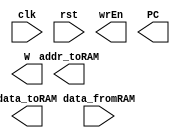
module projectCPU2022(
  clk,
  rst,
  wrEn,
  data_fromRAM,
  addr_toRAM,
  data_toRAM,
  PC,
  W
);

input clk, rst;

input [15:0] data_fromRAM;
output [15:0] data_toRAM;
output wrEn;

// 12 can be made smaller so that it fits in the FPGA
output [12:0] addr_toRAM;
output [12:0] PC; // This has been added as an output for TB purposes
output [15:0] W; // This has been added as an output for TB purposes

// Your design goes in here

endmodule